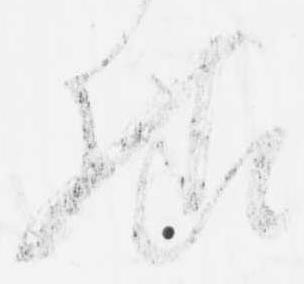
様